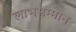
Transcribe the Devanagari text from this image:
लाभसम्मान